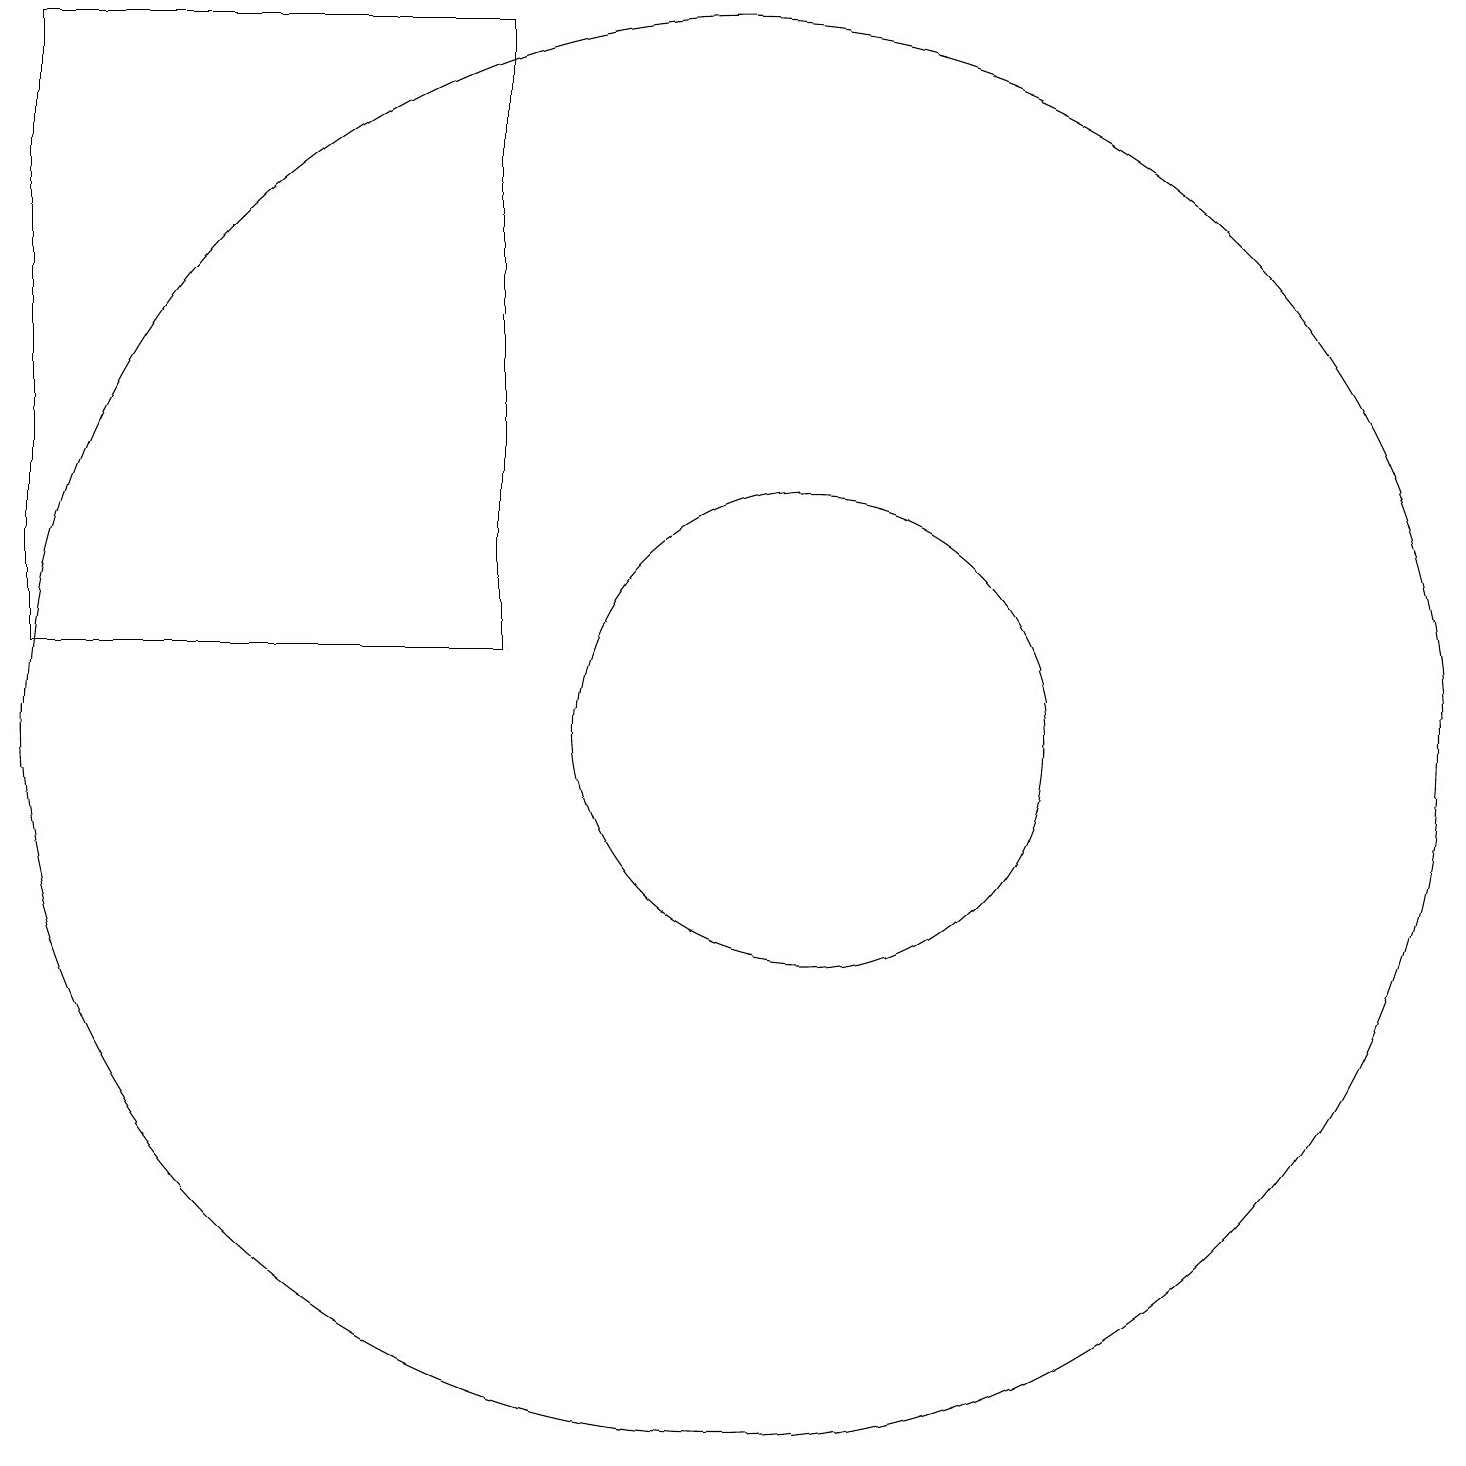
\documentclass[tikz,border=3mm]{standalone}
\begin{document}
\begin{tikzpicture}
\draw (12,10) circle (3);
\draw (11,10) circle (9);
\draw (2,11) rectangle (8,19);
\draw (11,10) circle (0);
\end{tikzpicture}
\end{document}